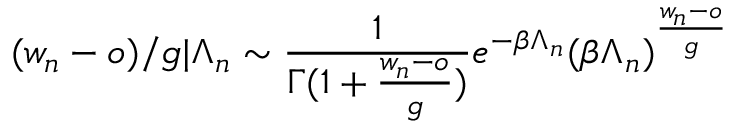
( w _ { n } - o ) / g | \Lambda _ { n } \sim \frac { 1 } { \Gamma ( 1 + \frac { w _ { n } - o } { g } ) } e ^ { - \beta \Lambda _ { n } } ( \beta \Lambda _ { n } ) ^ { \frac { w _ { n } - o } { g } }